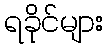
ရခိုင်များ